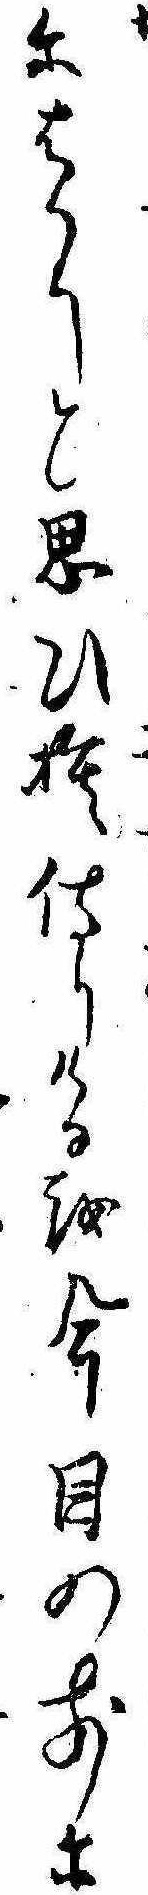
にはかりと思ひ捨侍りけるを今目の前に